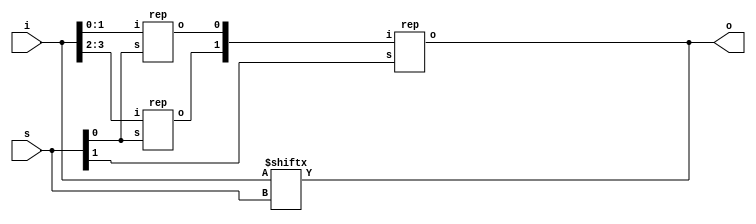
module ola(i,s,o);
	input [3:0]i;
	input [1:0]s;
	output o;
	wire [1:0]t;
	assign o=i[s];
	rep g(i[1:0], s[0], t[0]);
	rep h(i[3:2], s[0], t[1]);
	rep j(t,s[1],o);
endmodule


module rep(i,s,o);
	input [1:0]i;
	input s;
	output o;
	assign o = i[s];
endmodule